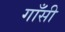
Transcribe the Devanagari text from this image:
गाँसी